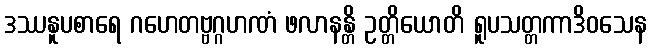
ဒဿနူပစာရေ ဂဟေတဗ္ဗဂ္ဂဟဏံ ဖလာနန္တိ ဥတ္တိယောတိ ရူပသတ္တကာဒိဝသေန